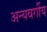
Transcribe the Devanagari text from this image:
अन्यवर्गीय